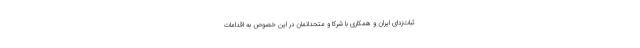
ثبات‌زدای ایران و همکاری با شرکا و متحدانمان در این خصوص به اقدامات